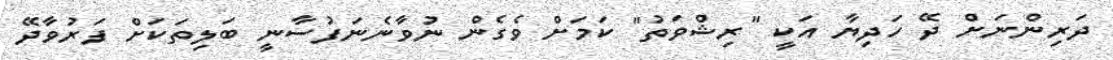
ދަރިންނަށް ދޭ ހަދިޔާ އަކީ "ރިޝްވަތު" ކަމަށް ވެގެން ނުވާނެނަފުސާނީ ބަލިތަކަށް ފަރުވާދޭ